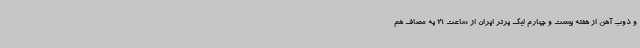
و ذوب آهن از هفته بیست و چهارم لیگ برتر ایران از ساعت 21 به مصاف هم